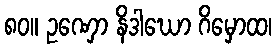
၈၀။ ဥဏှော နိဒါဃော ဂိမှောထ၊